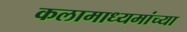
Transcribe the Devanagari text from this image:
कलामाध्यमांच्या